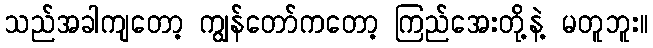
သည်အခါကျတော့ ကျွန်တော်ကတော့ ကြည်အေးတို့နဲ့ မတူဘူး။